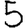
Digit: 5